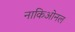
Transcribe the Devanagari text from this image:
नाकिओनल